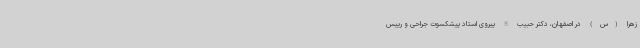
زهرا (س) در اصفهان، دکتر حبیب الله پیروی استاد پیشکسوت جراحی و رییس